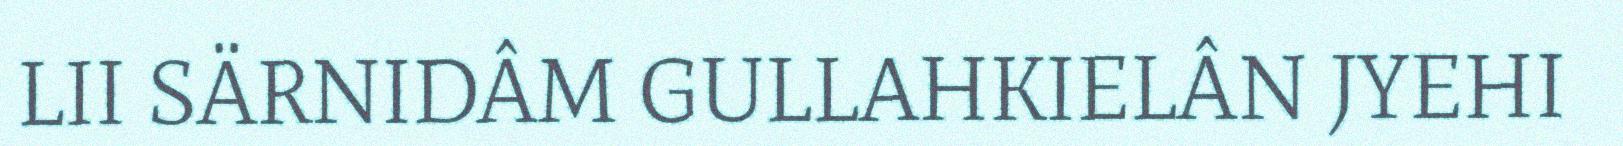
LII SÄRNIDÂM GULLAHKIELÂN JYEHI